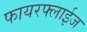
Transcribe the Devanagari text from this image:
फायरफ्लाईज